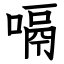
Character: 嗝